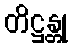
တိဋ္ဌန္တု